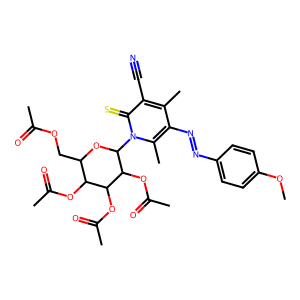
SMILES: COc1ccc(N=Nc2c(C)c(C#N)c(=S)n(C3OC(COC(C)=O)C(OC(C)=O)C(OC(C)=O)C3OC(C)=O)c2C)cc1
Inhibits HIV replication: No